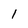
Character: 1